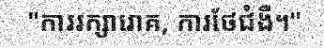
"ការរក្សារោគ, ការថែជំងឺ។"